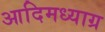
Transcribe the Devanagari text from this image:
आदिमध्याग्र